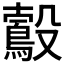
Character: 𣫠